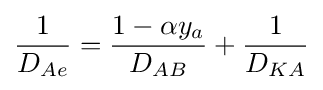
{\frac {1}{{D}_{Ae}}}={\frac {1-\alpha {{y}_{a}}}{{D}_{AB}}}+{\frac {1}{{D}_{KA}}}